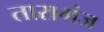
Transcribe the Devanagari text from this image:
तारागंज